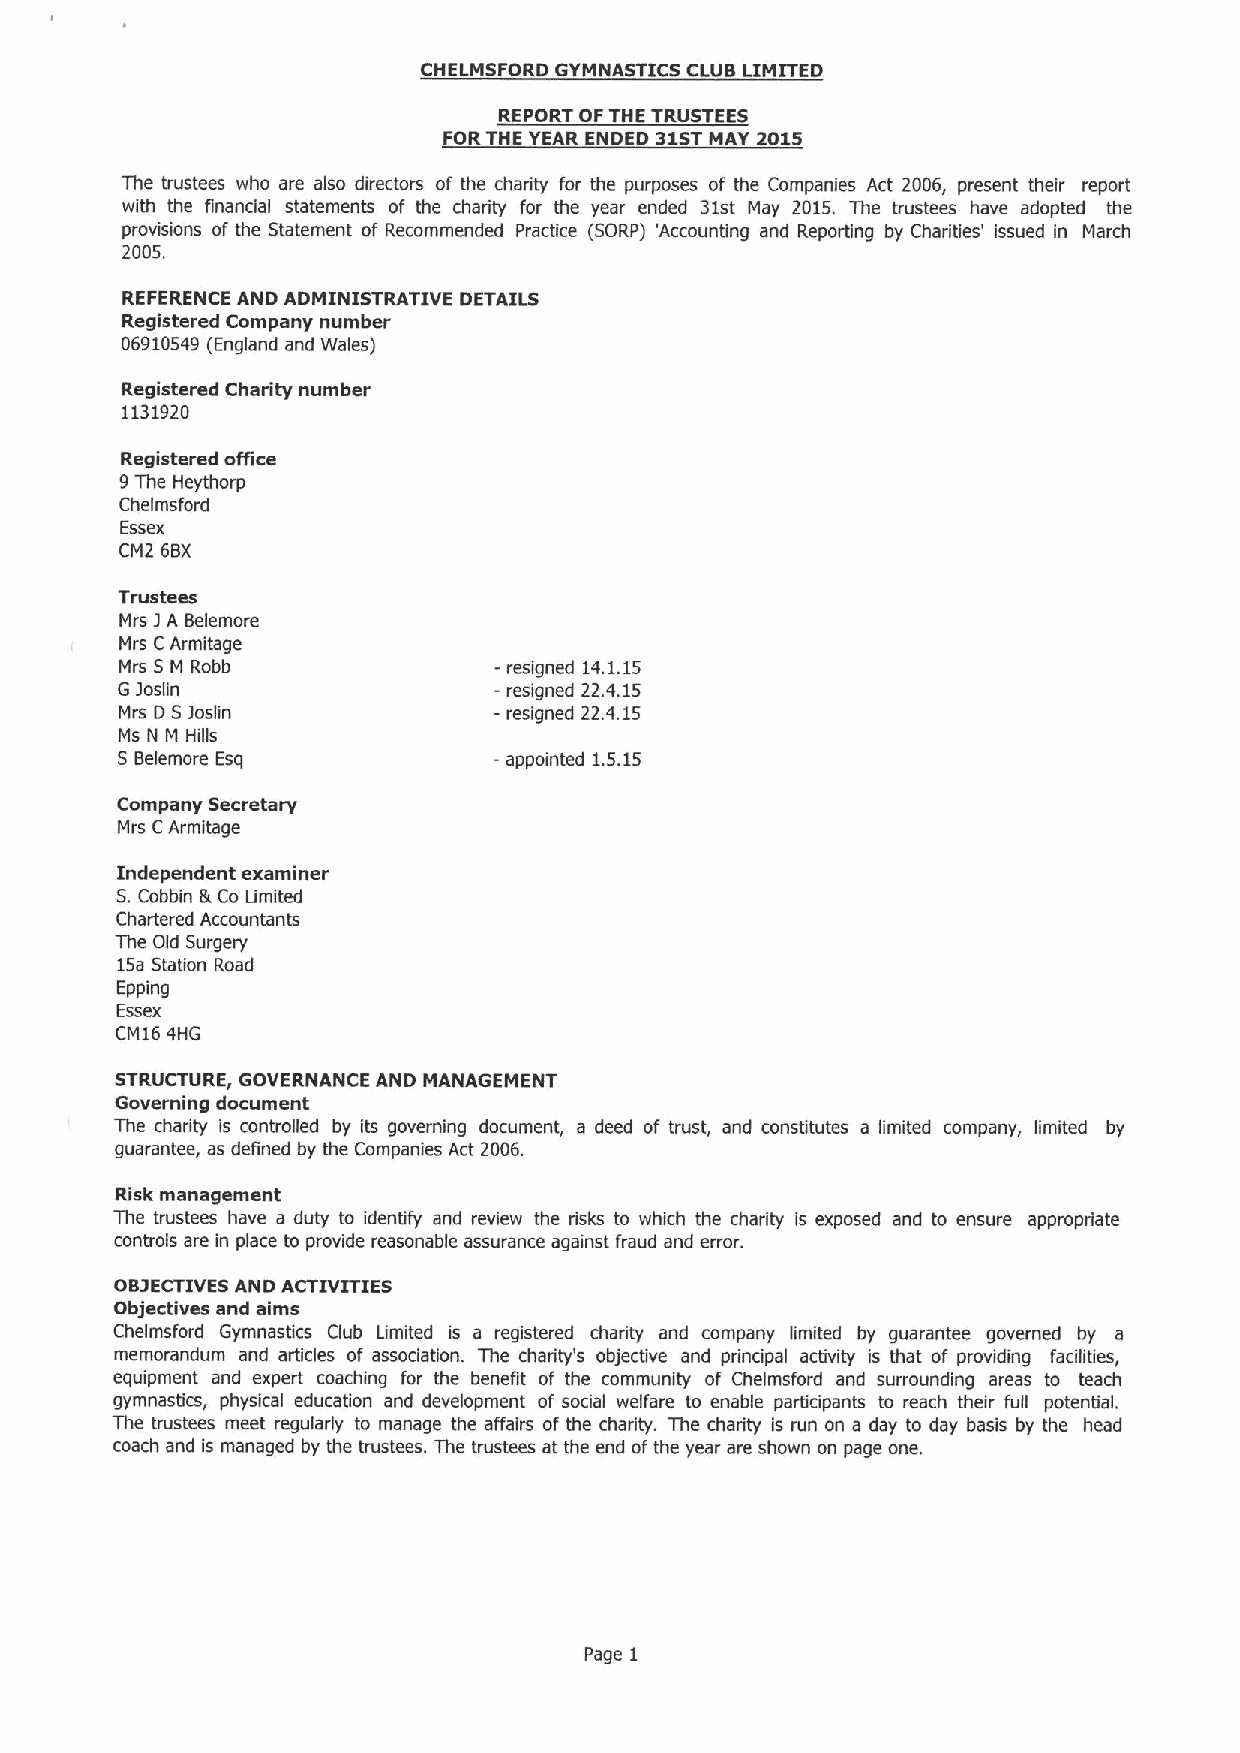
CHELMSFORD GYMNASTIC5 CLUB LIMITED
 REPORT OFTHE TRUSTEES
 FORTHE YEAR ENDED 31STMAY 2015
 The trustees who are also directors of the charity for the purposes of the Companies Act 2006, present their report
 with the financial statements of the charity for the year ended 31st May 2015. The trustees have adopted the
 provisions of the Statement of Recommended Practice (SORP) 'Accounting and Reporting by Charities' issued in March
 2005.
 REFERENCE AND ADMINISTRATIVE DETAILS
 Registered Company number
 06910549(England and Wales)
 Registered Charity number
 1131920
 Registered office
 9The Heythorp
 Chelmsford
 Essex
 CM2 6BX
 Trustees
 Mrs 3A Belemore
 Mrs CArmitage
 Mrs 5 M Robb             - resigned 14.1.15
 G Joslin                 - resigned 22.4.15
 Mrs D 5joslin            -resigned 22.4.15
 Ms N M Hills
 5 Belemore Esq           -appointed 1.5.15
 Company Secretary
 Mrs CArmitage
 Independent examiner
 S.Cobbin lk Co Limited
 Chartered Accountants
 The Old Surgery
 15a Station Road
 Epping
 Essex
 CM16 4HG
 STRUCTURE, GOVERNANCE AND MANAGEMENT
 Governing document
 The charity is controlled by its governing document, a deed of trust, and constitutes a limited company, limited by
 guarantee, as defined by the Companies Act 2006.
 Risk management
 The trustees have a duty to identify and review the risks to which the charity is exposed and to ensure appropriate
 controls are in place to provide reasonable assurance against fraud and error.
 OB3ECTIVESAND ACTIVITIES
 Objectives and aims
 Chelmsford Gymnastics Club Limited is a registered charity and company limited by guarantee governed by a
 memorandum and articles of association. The charity's objective and principal activity is that of providing facilities,
 equipment and expert coaching for the benefit of the community of Chelmsford and surrounding areas to teach
 gymnastics, physical education and development of social welfare to enable participants to reach their full potential.
 The trustees meet regularly to manage the affairs of the charity. The charity is run on a day to day basis by the head
 coach and is managed by the trustees. The trustees at the end ofthe year are shown on page one.
 Page 1